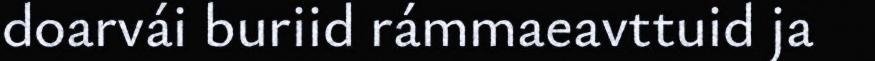
doarvái buriid rámmaeavttuid ja